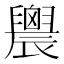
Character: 䢉